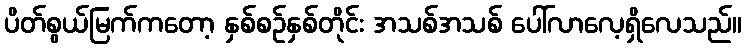
ပိတ်စွယ်မြက်ကတော့ နှစ်စဉ်နှစ်တိုင်း အသစ်အသစ် ပေါ်လာလေ့ရှိလေသည်။